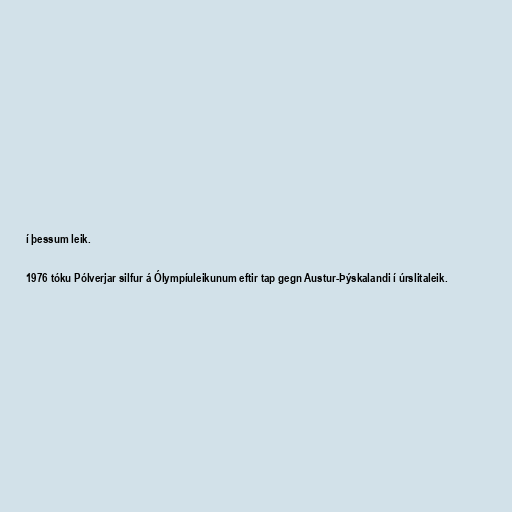
í þessum leik.

1976 tóku Pólverjar silfur á Ólympíuleikunum eftir tap gegn Austur-Þýskalandi í úrslitaleik.